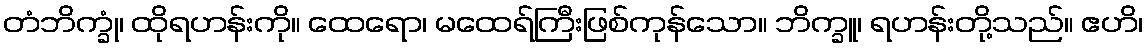
တံဘိက္ခုံ၊ ထိုရဟန်းကို။ ထေရော၊ မထေရ်ကြီးဖြစ်ကုန်သော။ ဘိက္ခူ၊ ရဟန်းတို့သည်။ ဧဟိ၊